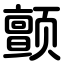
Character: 颤